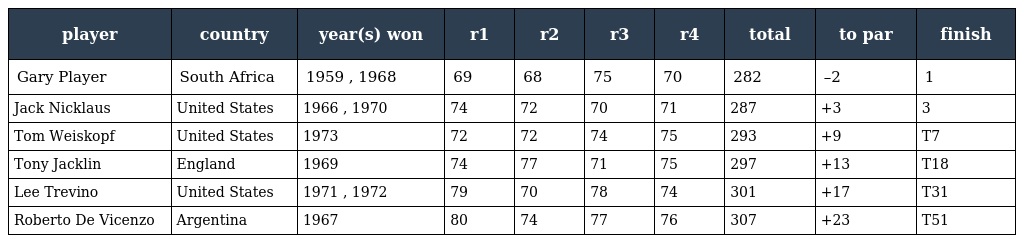
| player | country | year(s) won | r1 | r2 | r3 | r4 | total | to par | finish |
 | --- | --- | --- | --- | --- | --- | --- | --- | --- | --- |
 | Gary Player | South Africa | 1959 , 1968 | 69 | 68 | 75 | 70 | 282 | –2 | 1 |
 | Jack Nicklaus | United States | 1966 , 1970 | 74 | 72 | 70 | 71 | 287 | +3 | 3 |
 | Tom Weiskopf | United States | 1973 | 72 | 72 | 74 | 75 | 293 | +9 | T7 |
 | Tony Jacklin | England | 1969 | 74 | 77 | 71 | 75 | 297 | +13 | T18 |
 | Lee Trevino | United States | 1971 , 1972 | 79 | 70 | 78 | 74 | 301 | +17 | T31 |
 | Roberto De Vicenzo | Argentina | 1967 | 80 | 74 | 77 | 76 | 307 | +23 | T51 |